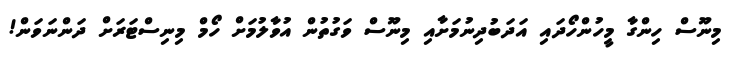
މިނޫސް ހިންގާ މީހުންހޯދައި އަދަބުދިނުމަށާއި މިނޫސް ވަގުތުން އުވާލުމަށް ހޯމް މިނިސްޓަރަށް ދަންނަވަން!